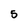
Character: 5